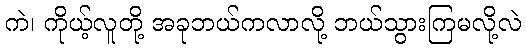
ကဲ၊ ကိုယ့်လူတို့ အခုဘယ်ကလာလို့ ဘယ်သွားကြမလို့လဲ